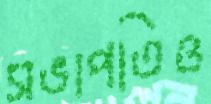
সভাপতিও